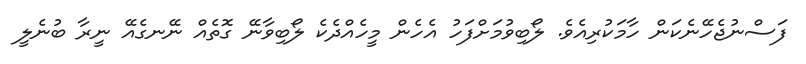
ފަސްނުޖެހޭނެކަން ހާމަކުރިއެވެ. ލޯބިވުމަށްފަހު އެހެން މީހެއްދެކެ ލޯބިވާނޭ ގޮތެއް ނޭނގެއޭ ނީރާ ބުނެލީ